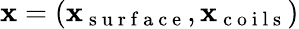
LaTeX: \mathbf x=(\mathbf x_{\mathrm{~s~u~r~f~a~c~e~}},\mathbf x_{\mathrm{~c~o~i~l~s~}})